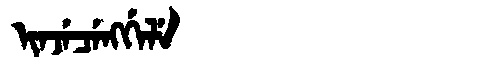
Manchu: ᡳᠨᠵᡝᠴᡝᠩᡤᡝᠯᡝ
Romanization: INJECENGGELE